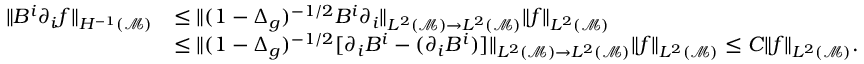
\begin{array} { r l } { \| B ^ { i } \partial _ { i } f \| _ { H ^ { - 1 } ( \mathcal { M } ) } } & { \leq \| ( 1 - \Delta _ { g } ) ^ { - 1 / 2 } B ^ { i } \partial _ { i } \| _ { L ^ { 2 } ( \mathcal { M } ) \to L ^ { 2 } ( \mathcal { M } ) } \| f \| _ { L ^ { 2 } ( \mathcal { M } ) } } \\ & { \leq \| ( 1 - \Delta _ { g } ) ^ { - 1 / 2 } [ \partial _ { i } B ^ { i } - ( \partial _ { i } B ^ { i } ) ] \| _ { L ^ { 2 } ( \mathcal { M } ) \to L ^ { 2 } ( \mathcal { M } ) } \| f \| _ { L ^ { 2 } ( \mathcal { M } ) } \leq C \| f \| _ { L ^ { 2 } ( \mathcal { M } ) } . } \end{array}